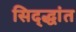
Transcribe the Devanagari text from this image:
सिद्द्धांत